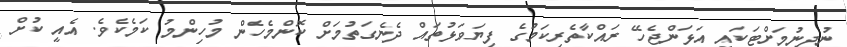
ނުދިނުމަށްޓަކައި އަޅަންޖެހޭ ރައްކާތެރިކަމުގެ ފިޔަވަޅުތައް ދެނެގަތުމަށް ކޮންމެހެން މުހިންމު ކަމެކެވެ. އެއީ ކުށް